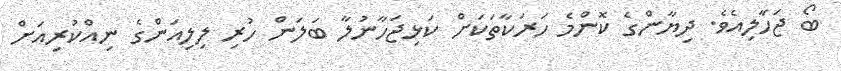
ބޯ ޖަހާލިއެވެ. ދިޔާންގެ ކޮންމެ ހަރަކާތަކަށް ކަޅިޖަހާނުލާ ބަލަން ހުރި ލިލިއަންގެ ނިއްކުރިއަށް